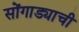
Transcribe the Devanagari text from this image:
सोंगाड्याची